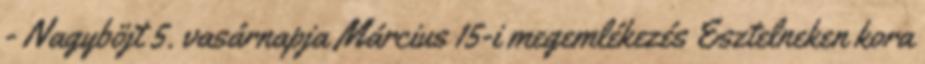
- Nagyböjt 5. vasárnapja Március 15-i megemlékezés Esztelneken kora